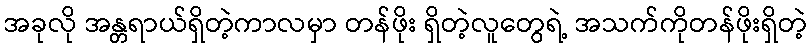
အခုလို အန္တရာယ်ရှိတဲ့ကာလမှာ တန်ဖိုး ရှိတဲ့လူတွေရဲ့ အသက်ကိုတန်ဖိုးရှိတဲ့